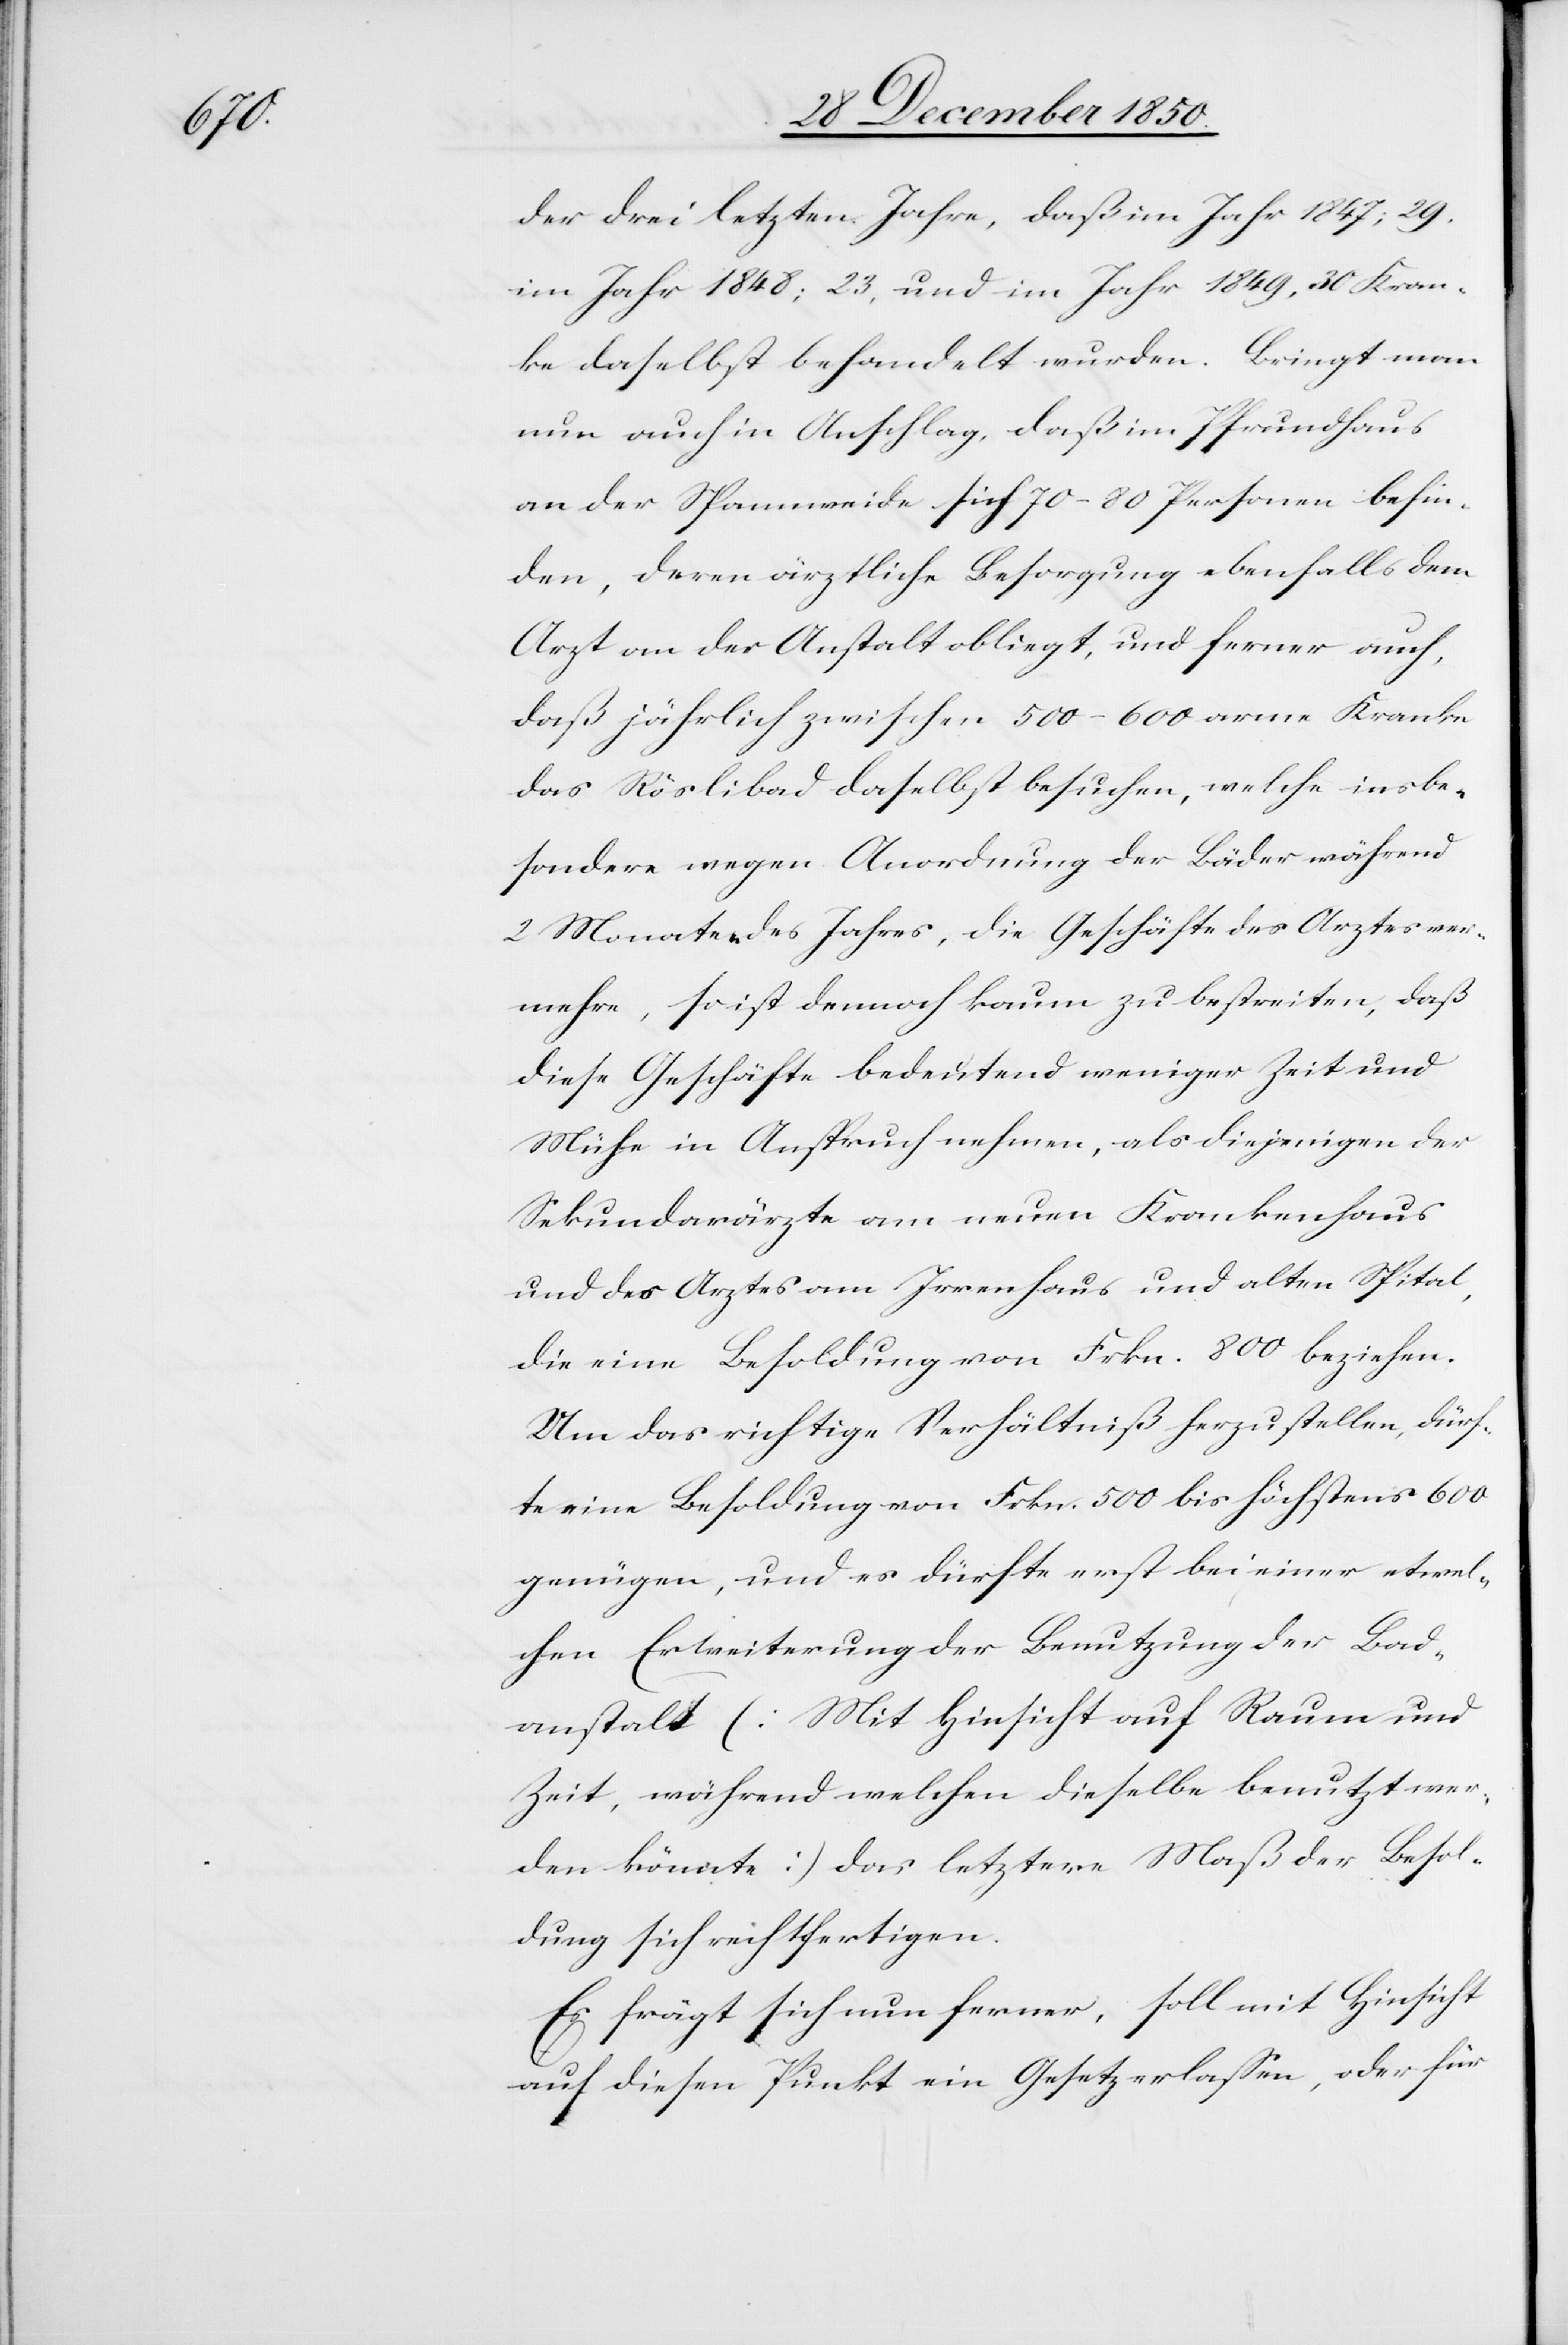
der drei letzten Jahre, daß im Jahr 1847; 29.
im Jahr 1848; 23, und im Jahr 1849, 30 Kran¬
ke daselbst behandelt wurden. Bringt man
nun auch in Anschlag, daß im Pfrundhaus
an der Spannweide sich 70–80 Personen befin¬
den, deren ärztliche Besorgung ebenfalls dem
Arzt an der Anstalt obliegt, und ferner auch,
daß jährlich zwischen 500–600 arme Kranke
das Röslibad daselbst besuchen, welche insbe¬
sondere wegen Anordnung der Bäder während
2 Monaten des Jahres, die Geschäfte des Arztes ver¬
mehre, so ist dennoch kaum zu bestreiten, daß
diese Geschäfte bedeutend weniger Zeit und
Mühe in Anspruch nehmen, als diejenigen der
Sekundarärzte am neuen Krankenhaus
und des Arztes am Irrenhaus und alten Spital,
die eine Besoldung von Frkn. 800 beziehen.
Um das richtige Verhältniß herzustellen, dürf¬
te eine Besoldung von Frkn. 500 bis höchstens 600
genügen, und es dürfte erst bei einer etwel¬
chen Erweiterung der Benutzung der Bad¬
anstalt [Mit Hinsicht auf Raum und
Zeit, während welchen dieselbe benutzt wer¬
den könnte] das letztere Maß der Besol¬
dung sich rechtfertigen.
Es frägt sich nun ferner, soll mit Hinsicht
auf diesen Punkt ein Gesetz erlassen, oder für